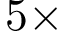
5 \times